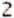
2